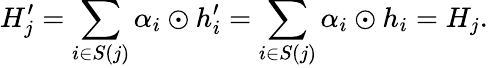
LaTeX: H_{j}^{\prime}=\sum_{i\in S(j)}\alpha_{i}\odot h_{i}^{\prime}=\sum_{i\in S(j)}\alpha_{i}\odot h_{i}=H_{j}.